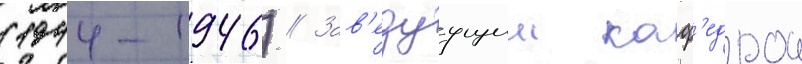
(1944-1946) // Зав'едуущии каф'едрои